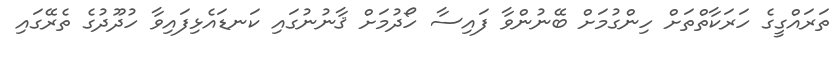
ތަރައްގީގެ ހަރަކާތްތަށް ހިންގުމަށް ބޭނުންވާ ފައިސާ ހޯދުމަށް ޤާނުނުގައި ކަނޑައެޅިފައިވާ ހުދޫދުގެ ތެރޭގައި